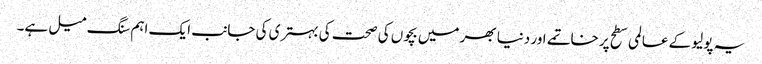
یہ پولیو کے عالمی سطح پر خاتمے اور دنیا بھر میں بچوں کی صحت کی بہتری کی جانب ایک اہم سنگ میل ہے۔